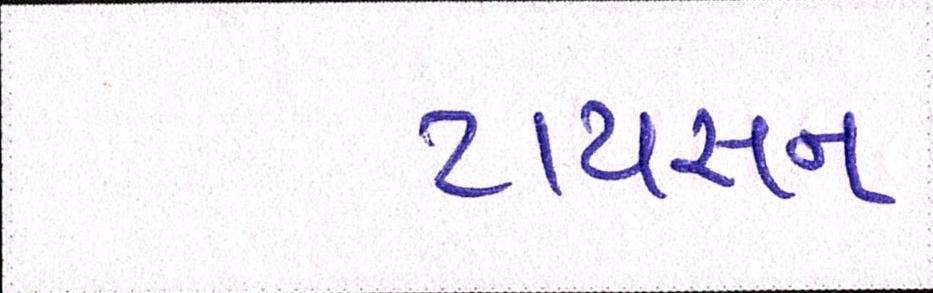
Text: ટાયસન